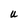
Character: U